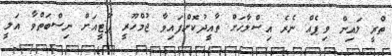
ތްރީ ލައިން ވިޕެއް ނެރެ އިސްލާހަށް ތާއީދުކޮށްފައިވާ ޖުމްހޫރީ ޕާޓީއަށް ނިސްބަތްވާ އަލީ